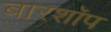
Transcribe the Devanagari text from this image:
बारशॉप